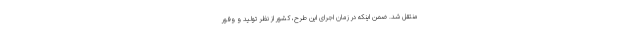
منتقل شد. ضمن اینکه در زمان اجرای این طرح، کشور از نظر تولید و وفور